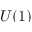
U ( 1 )